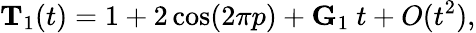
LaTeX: {\mathbf T}_{1}(t)=1+2\cos(2\pi p)+{\mathbf G}_{1}\ t+O(t^{2}),